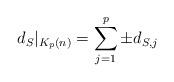
LaTeX: \begin{align*}d_S|_{K_p(n)}=\sum_{j=1}^p\pm d_{S,j}\end{align*}